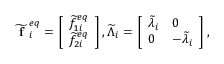
\widetilde { \textbf { f } } _ { i } ^ { e q } = \left[ \begin{array} { l } { \widetilde { f } _ { 1 i } ^ { e q } } \\ { \widetilde { f } _ { 2 i } ^ { e q } } \end{array} \right] , \widetilde { \Lambda } _ { i } = \left[ \begin{array} { l l } { \widetilde { \lambda } _ { i } } & { 0 } \\ { 0 } & { - \widetilde { \lambda } _ { i } } \end{array} \right] ,